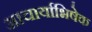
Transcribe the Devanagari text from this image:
आचार्याभिषेक